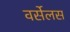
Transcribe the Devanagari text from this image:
वर्सेलस